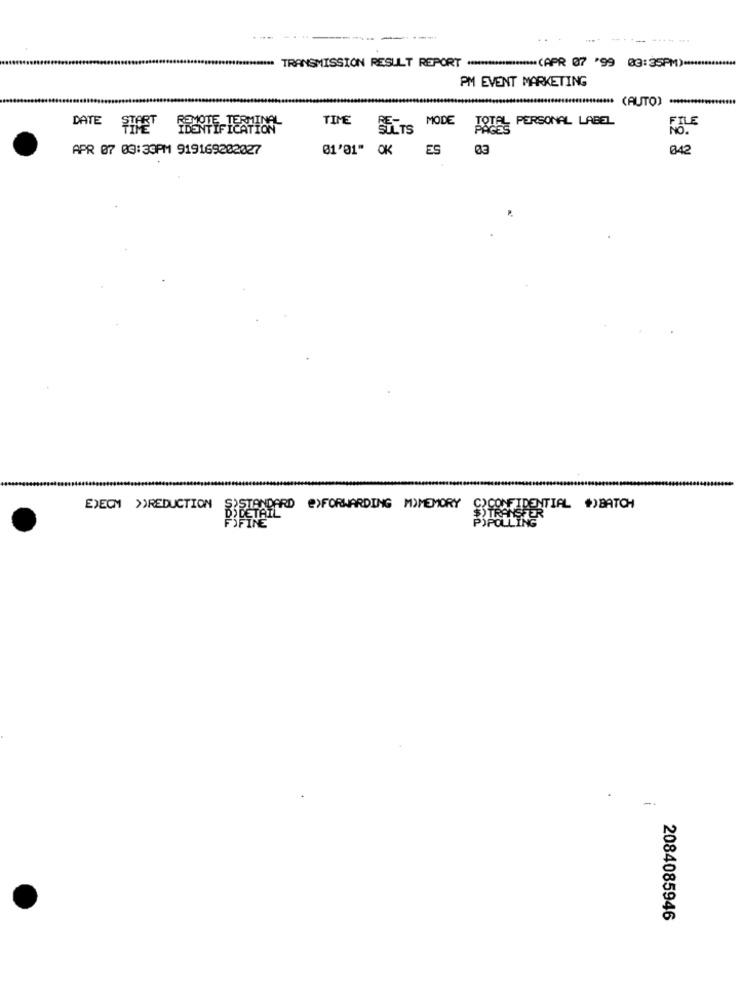
..
TRANSMISSION RESULT REPORT ******************* (APR 07 '99 03:35PM) ****
PM EVENT MARKETING
..........******** (AUTO)
DATE
TIME
TOTAL PERSONAL LABEL
FILE
MODE
PAGES
NO.
ED
APR 07 03:39PM 919169202027
01'01" OK ES
042
EXECM >REDUCTION
@>FORWARDING MIMEMORY
"CONFIDENTIAL #)BATCH
2084085946